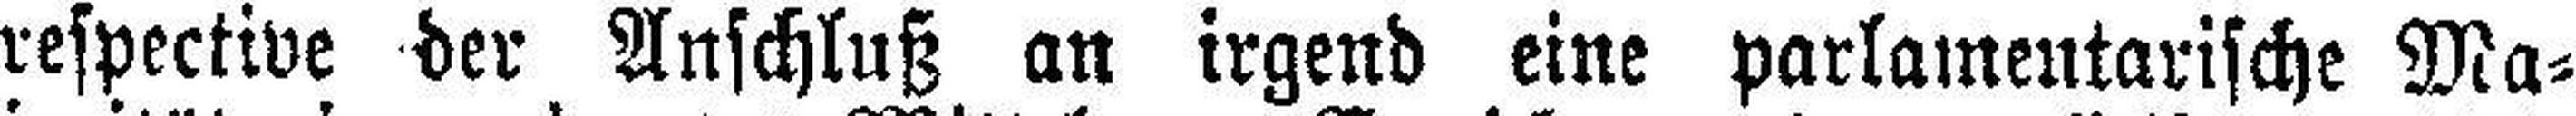
respective der Anschluß an irgend eine parlamentarische Ma¬